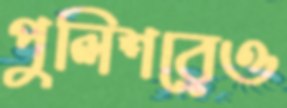
পুলিশরেও